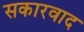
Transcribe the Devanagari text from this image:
सकारवाद